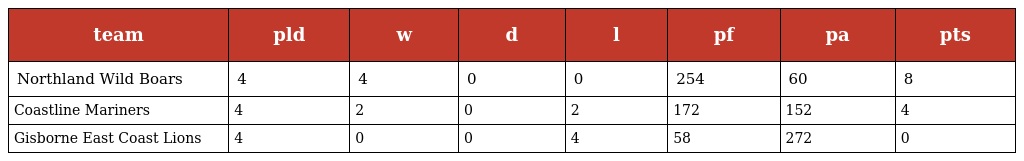
| team | pld | w | d | l | pf | pa | pts |
 | --- | --- | --- | --- | --- | --- | --- | --- |
 | Northland Wild Boars | 4 | 4 | 0 | 0 | 254 | 60 | 8 |
 | Coastline Mariners | 4 | 2 | 0 | 2 | 172 | 152 | 4 |
 | Gisborne East Coast Lions | 4 | 0 | 0 | 4 | 58 | 272 | 0 |